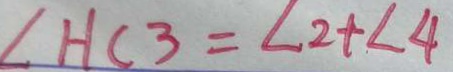
\angle H C 3 = \angle 2 + \angle 4